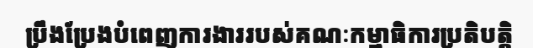
ប្រឹងប្រែងបំពេញការងាររបស់គណៈកម្មាធិការប្រតិបត្តិ